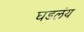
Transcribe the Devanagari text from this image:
घडलंय